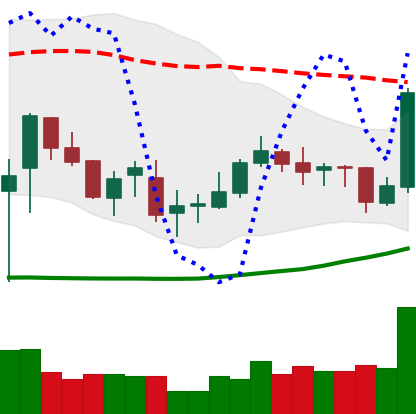
Ticker: TRX-USD
Chart end date: 2019-03-23
Forward return: -4.188%
Label: down_3_5